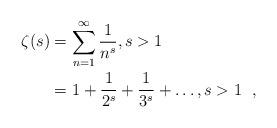
LaTeX: \begin{align*}\zeta(s) &= \sum_{n=1}^\infty \frac{1}{n^s},s>1\\&= 1+\frac{1}{2^s}+\frac{1}{3^s}+\dots,s>1\;\ ,\end{align*}